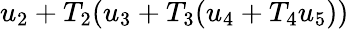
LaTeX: u_{2}+T_{2}(u_{3}+T_{3}(u_{4}+T_{4}u_{5}))